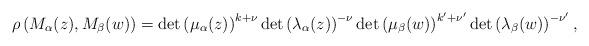
LaTeX: \begin{align*}\rho\left(M_\alpha(z), M_\beta(w)\right) = \det\left(\mu_{\alpha}(z)\right)^{k+\nu} \det\left(\lambda_\alpha(z)\right)^{-\nu}\det\left(\mu_{\beta}(w)\right)^{k'+\nu'} \det\left(\lambda_\beta(w)\right)^{-\nu'},\end{align*}